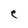
Character: e